Report of the Hyderabad Chloroform Commission
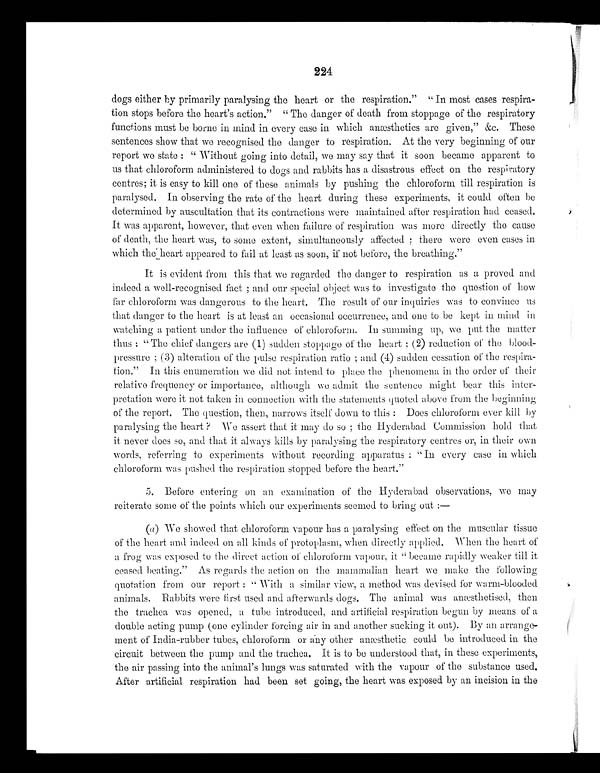
224
dogs either by primarily paralysing the heart or the respiration." "In most cases respira
-
tion stops before the heart's action." "The danger of death from stoppage of the respiratory
functions must be borne in mind in every case in which anæsthetics are given," &c. These
sentences show that we recognised the danger to respiration. At the very beginning of our
report we state: "Without going into detail, we may say that it soon became apparent to
us that chloroform administered to dogs and rabbits has a disastrous effect on the respiratory
centres; it is easy to kill one of these animals by pushing the chloroform till respiration is
paralysed. In observing the rate of the heart during these experiments, it could often be
determined by auscultation that its contractions were maintained after respiration had ceased.
It was apparent, however, that even when failure of respiration was more directly the cause
of death, the heart was, to some extent, simultaneously affected; there were even cases in
which the heart appeared to fail at least as soon, if not before, the breathing."
It is evident from this that we regarded the danger to respiration as a proved and
indeed a well-recognised fact; and our special object was to investigate the question of how
far chloroform was dangerous to the heart. The result of our inquiries was to convince us
that danger to the heart is at least an occasional occurrence, and one to be kept in mind in
watching a patient under the influence of chloroform. In summing up, we put the matter
thus: "The chief dangers are (1) sudden stoppage of the heart; (2) reduction of the blood-
pressure; (3) alteration of the pulse respiration ratio; and (4) sudden cessation of the respira
-
tion." In this enumeration we did nut intend to place the phenomena in the order of their
relative frequency or importance, although we admit the sentence might bear this inter
-
pretation were it not taken in connection with the statements quoted above from the beginnin
g
of the report. The question, then, narrows itself down to this: Does chloroform ever kill by
paralysing the heart? We assert that it may do so; the Hyderabad Commission hold that
it never does so, and that it always kills by paralysing the respiratory centres or, in their own
words, referring to experiments without recording apparatus: "In every case in which
chloroform was pushed the respiration stopped before the heart."
5. Before entering on an examination of the Hyderabad observations, we may
reiterate some of the points which our experiments seemed to bring out:—
(a) We showed that chloroform vapour has a paralysing effect on the muscular tissue
of the heart and indeed on all kinds of protoplasm, when directly applied. When the heart of
a frog was exposed to the direct action of chloroform vapour, it "became rapidly weaker till it
ceased beating." As regards the action on the mammalian heart we make the following
quotation from our report: "With a similar view, a method was devised for warm-blooded
animals. Rabbits were first used and afterwards dogs. The animal was anæsthetised, then
the trachea was opened, a tube introduced, and artificial respiration begun by means of a
double acting pump (one cylinder forcing air in and another sucking it out). By an arrange
-
ment of India-rubber tubes, chloroform or any other anæstheic could be introduced in the
circuit between the pump and the trachea. It is to be understood that, in these experiments,
the air passing into the animal's lungs was saturated with the vapour of the substance used
.
After artificial respiration had been set going, the heart was exposed by an incision in the